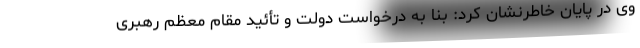
وی در پایان خاطرنشان کرد: بنا به درخواست دولت و تأئید مقام معظم رهبری